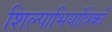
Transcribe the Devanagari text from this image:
शिल्पाभियांत्रिकी